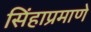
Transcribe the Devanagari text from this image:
सिंहाप्रमाणे